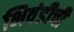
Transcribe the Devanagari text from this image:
भिवंडीची